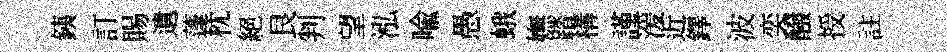
銕訂賜遺蓬枕絕艮判望泓喩愚蛾嫵踏構謹湲近鐸波奕醱授註